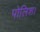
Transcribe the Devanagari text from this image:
पोलिश।